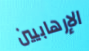
الإرهابيين